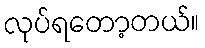
လုပ်ရတော့တယ်။